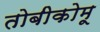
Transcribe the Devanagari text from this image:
तोबीकोमू